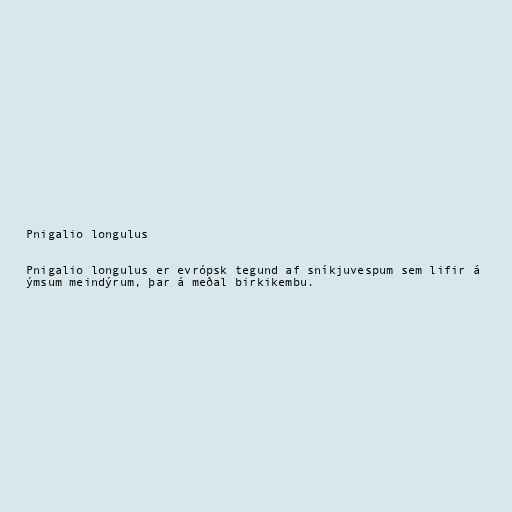
Pnigalio longulus

Pnigalio longulus er evrópsk tegund af sníkjuvespum sem lifir á
ýmsum meindýrum, þar á meðal birkikembu.